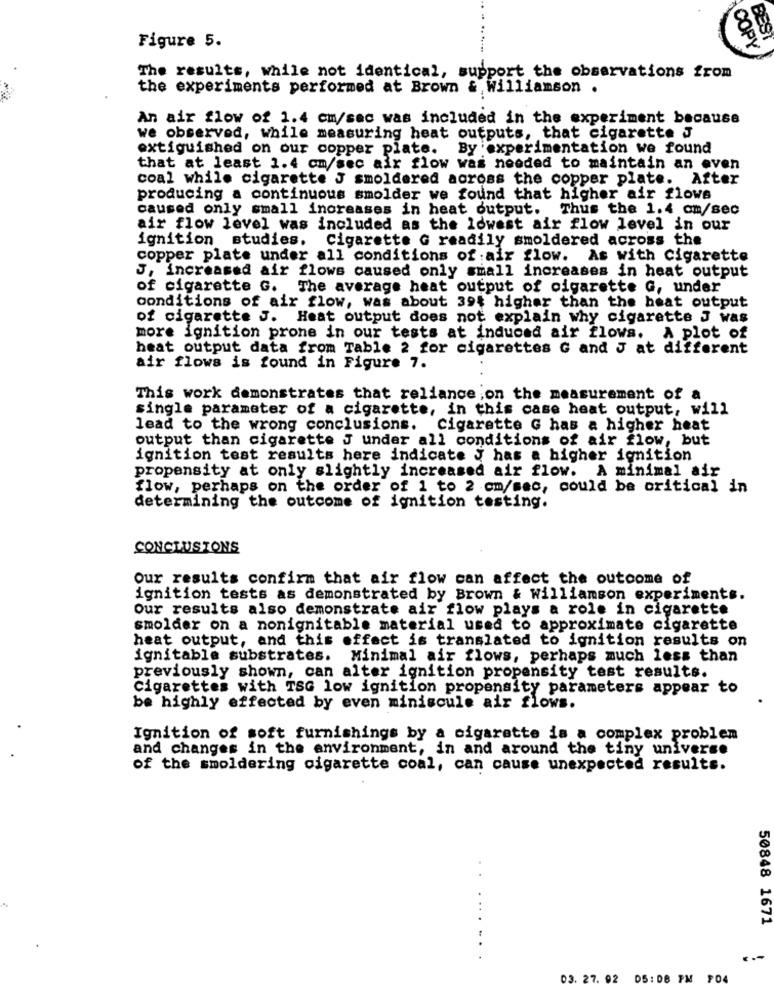
BEST
Figure 5.
COPY
The results, while not identical, support the observations from
the experiments performed at Brown & Williamson .
An air flow of 1.4 cm/sec was included in the experiment because
we observed, while measuring heat outputs, that cigarette J
extiguished on our copper plate. By'experimentation we found
that at least 1.4 cm/sec air flow was needed to maintain an even
coal while cigarette J smoldered across the copper plate. After
producing a continuous smolder we found that higher air flowe
caused only small increases in heat output. Thus the 1.4 cm/sec
air flow level was included as the lowest air flow level in our
ignition studies.
Cigarette G readily smoldered across the
copper plate under all conditions of air flow. As with Cigarette
J, increased air flows caused only small increases in heat output
of cigarette G. The average heat output of cigarette G, under
conditions of air flow, was about 394 higher than the heat output
of cigarette J. Heat output does not explain why cigarette J was
more ignition prone in our tests at induced air flows. A plot of
heat output data from Table 2 for cigarettes G and J at different
air flows is found in Figure 7.
This work demonstrates that reliance on the measurement of a
single parameter of a cigarette, in this case heat output, will
lead to the wrong conclusions. Cigarette G has a higher heat
output than cigarette J under all conditions of air flow, but
ignition test results here indicate J has a higher ignition
propensity at only slightly increased air flow. A minimal air
flow, perhaps on the order of 1 to 2 cm/sec, could be critical in
determining the outcome of ignition testing.
CONCLUSIONS
Our results confirm that air flow can affect the outcome of
ignition tests as demonstrated by Brown & williamson experiments.
Our results also demonstrate air flow plays a role in cigarette
smolder on a nonignitable material used to approximate cigarette
heat output, and this effect is translated to ignition results on
ignitable substrates. Minimal air flows, perhaps much less than
previously shown, can alter ignition propensity test results.
Cigarettes with TSG low ignition propensity parameters appear to
be highly effected by even miniscule air flows.
Ignition of soft furnishings by a cigarette is a complex problem
and changes in the environment, in and around the tiny universe
of the smoldering cigarette coal, can cause unexpected results.
50848 1671
. . .
03. 27. 92 05: 08 PM P04